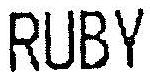
RUBY